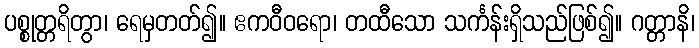
ပစ္စုတ္တရိတွာ၊ ရေမှတတ်၍။ ဧကဝီဝရော၊ တထီသော သင်္ကန်းရှိသည်ဖြစ်၍။ ဂတ္တာနိ၊